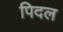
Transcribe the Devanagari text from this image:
पिदल